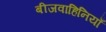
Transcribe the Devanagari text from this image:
बीजवाहिनियाँ